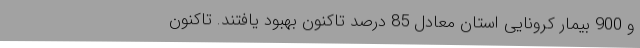
و 900 بیمار کرونایی استان معادل 85 درصد تاکنون بهبود یافتند. تاکنون